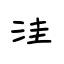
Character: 洼